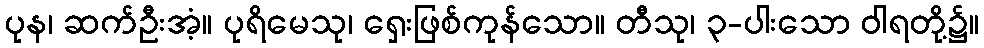
ပုန၊ ဆက်ဦးအံ့။ ပုရိမေသု၊ ရှေးဖြစ်ကုန်သော။ တီသု၊ ၃-ပါးသော ဝါရတို့၌။